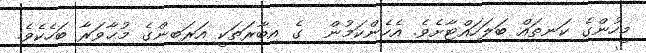
މީހުންގެ ކަނތައް ބަލަހައްޓާށެވެ. އެހެންކަމުން  ގެ އިބާރަތަކީ އަރަބިންގެ މުޙާވަރާ ބަހެކެވެ.